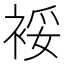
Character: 𰳿